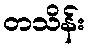
တသိန်း